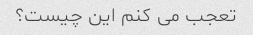
تعجب می کنم این چیست؟